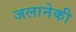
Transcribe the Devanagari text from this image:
जलानेकी